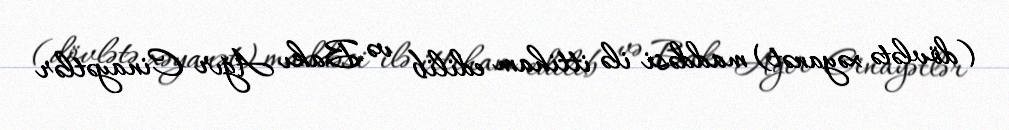
(dövlətə xəyanət) maddəsi ilə ittiham edilib və Bakı Ağır Cinayətlər